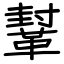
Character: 鞤